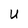
Character: U